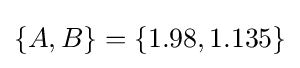
\{A,B\}=\{1.98,1.135\}